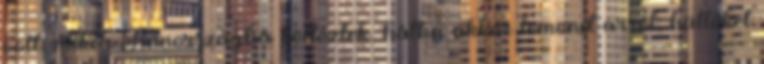
volt, mikor Finnországba költöztek, hátha akkor lemond arról, hüllőket